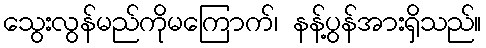
သွေးလွန်မည်ကိုမကြောက်၊ နန့်ပွန်အားရှိသည်။